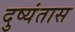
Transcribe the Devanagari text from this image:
दुष्यंतास